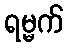
ရမ္မက်